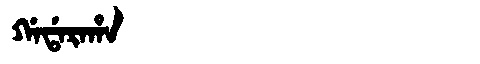
Manchu: ᡤᠠᡩᠠᡵᠠᡥᠠ
Romanization: GADARAHA